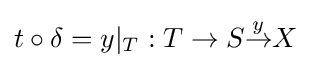
t\circ \delta =y|_{T}:T\to S{\overset {y}{\to }}X